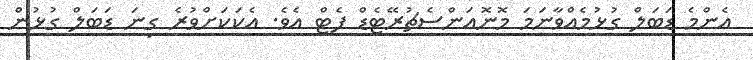
އެންމެ ޑަބަލް ގުޅުމެއްވާނަމަ މޮނޮއަންސެޗުރޭޓެޑް ފެޓް އެވެ. އެކަކަށްވުރެ ގިނަ ޑަބަލް ގުޅުން